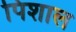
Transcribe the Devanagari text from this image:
पिशाल